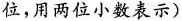
位，用两位小数表示)